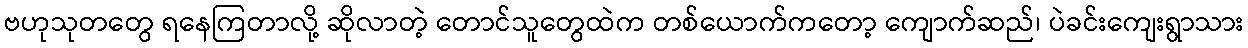
ဗဟုသုတတွေ ရနေကြတာလို့ ဆိုလာတဲ့ တောင်သူတွေထဲက တစ်ယောက်ကတော့ ကျောက်ဆည်၊ ပဲခင်းကျေးရွာသား